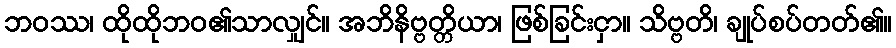
ဘဝဿ၊ ထိုထိုဘဝ၏သာလျှင်။ အဘိနိဗ္ဗတ္တိယာ၊ ဖြစ်ခြင်းငှာ။ သိဗ္ဗတိ၊ ချုပ်စပ်တတ်၏။